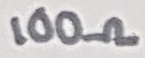
Text: 100Ω